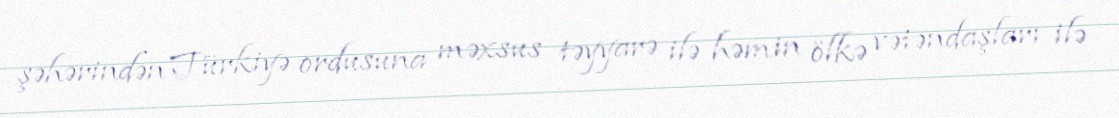
şəhərindən Türkiyə ordusuna məxsus təyyarə ilə həmin ölkə vətəndaşları ilə